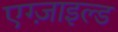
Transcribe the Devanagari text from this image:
एग्ज़ाइल्ड